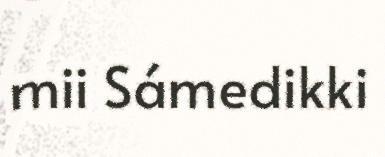
mii Sámedikki